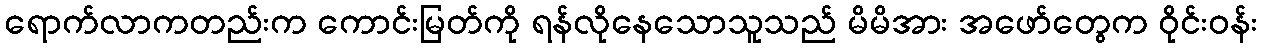
ရောက်လာကတည်းက ကောင်းမြတ်ကို ရန်လိုနေသောသူသည် မိမိအား အဖော်တွေက ဝိုင်းဝန်း